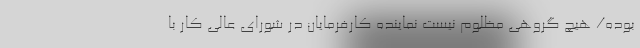
بوده/ هیچ گروهی مظلوم نیست نماینده کارفرمایان در شورای عالی کار با